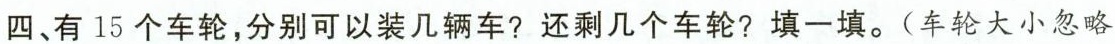
四、有15个车轮，分别可以装几辆车?还剩几个车轮?填一填。(车轮大小忽略